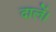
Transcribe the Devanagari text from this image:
दालें।